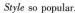
Styie so popular.